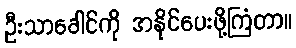
ဦးသာခေါင်ကို အနိုင်ပေးဖို့ကြံတာ။